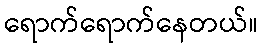
ရောက်ရောက်နေတယ်။